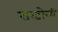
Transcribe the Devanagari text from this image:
सरटोली